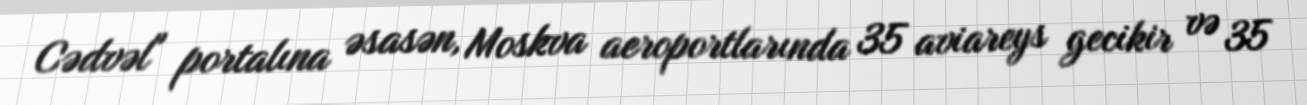
Cədvəl" portalına əsasən, Moskva aeroportlarında 35 aviareys gecikir və 35